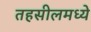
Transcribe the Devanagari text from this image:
तहसीलमध्ये